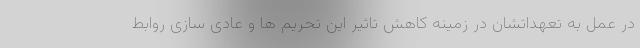
در عمل به تعهداتشان در زمینه کاهش تاثیر این تحریم ها و عادی سازی روابط